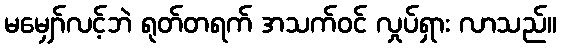
မမျှော်လင့်ဘဲ ရုတ်တရက် အသက်ဝင် လှုပ်ရှား လာသည်။